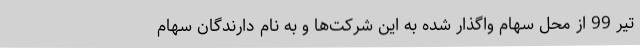
تیر 99 از محل سهام واگذار شده به این شرکت‌ها و به نام دارندگان سهام